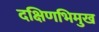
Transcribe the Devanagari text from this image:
दक्षिणभिमुख